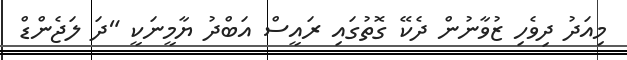
މިއަދު ދިވެހި ޒުވާނުން ދެކޭ ގޮތުގައި ރައީސް އަބްދު ޔާމީނަކީ "ދަ ލަޖެންޑް